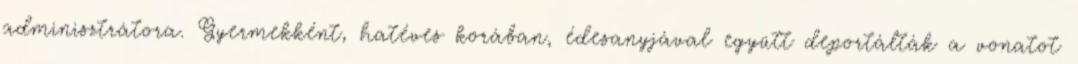
adminisztrátora. Gyermekként, hatéves korában, édesanyjával együtt deportálták a vonatot